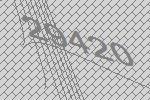
29420